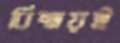
বিস্ময়ই